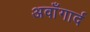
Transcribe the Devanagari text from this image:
अवाँगार्द